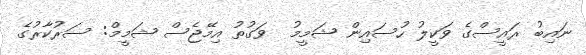
ނައިބު ރައީސްގެ ވަކީލު ހުސައިން ޝަމީމު  ވަގުތު އިމޭޖެސް ޝަމީމް: ސަރުކާރުގެ